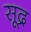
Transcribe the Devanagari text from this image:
सूद्र